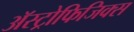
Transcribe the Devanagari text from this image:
अॅस्ट्रोफिजिक्स